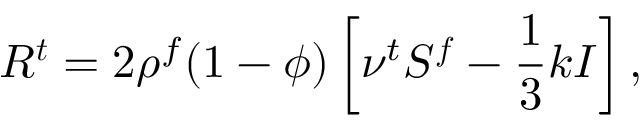
\boldsymbol { R ^ { t } } = 2 \rho ^ { f } ( 1 - \phi ) \left[ \nu ^ { t } \boldsymbol { S ^ { f } } - \frac { 1 } { 3 } k \boldsymbol { I } \right] ,